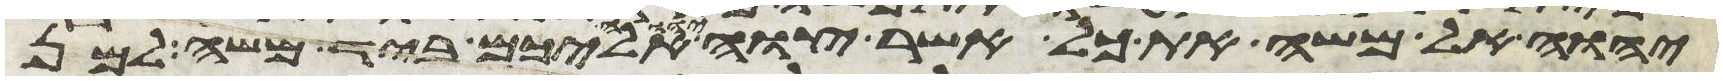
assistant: יהוה אל משה את כל אשר צוה יהוה אליכם ביד משה למן